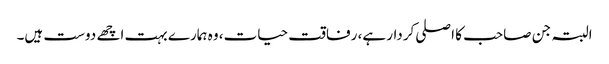
البتہ جن صاحب کا اصلی کردار ہے، رفاقت حیات، وہ ہمارے بہت اچھے دوست ہیں۔